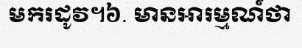
មករដូវ។៦. មានអារម្មណ៍ថា